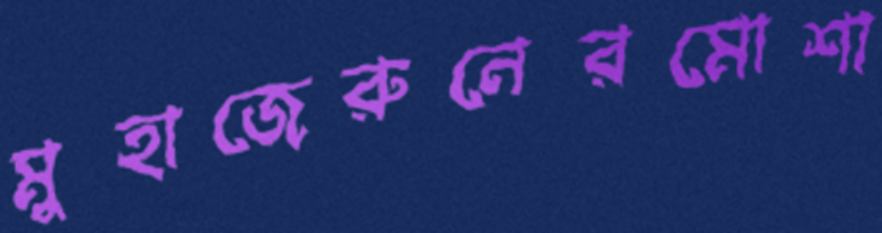
মুহাজেরুনেরমোশা